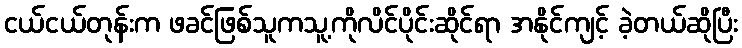
ငယ်ငယ်တုန်းက ဖခင်ဖြစ်သူကသူ့ကိုလိင်ပိုင်းဆိုင်ရာ အနိုင်ကျင့် ခဲ့တယ်ဆိုပြီး